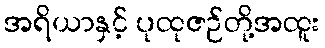
အရိယာနှင့် ပုထုဇဉ်တို့အထူး